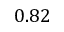
0 . 8 2